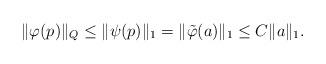
LaTeX: \begin{align*} \|\varphi (p)\|_Q \leq \| \psi (p) \|_1 = \| \tilde \varphi (a) \|_1 \leq C \| a \|_1.\end{align*}